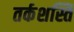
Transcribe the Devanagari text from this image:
तर्कशस्ति